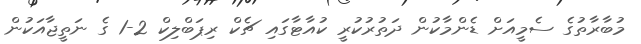
މުބާރާތުގެ ސެމީއަށް ޑެންމާކުން ދަތުރުކުރީ ކުއާޓާގައި ޗެކް ރިޕަބްލިކް 2-1 ގެ ނަތީޖާއަކުން